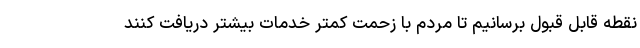
نقطه قابل قبول برسانیم تا مردم با زحمت کمتر خدمات بیشتر دریافت کنند